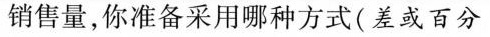
销售量，你准备采用哪种方式(差或百分